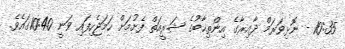
10:35 - ނޮޅިވަރަމް ދާއިރާގެ އިންތިޚާބުގެ ޝަރީއަތް ފެށުމަށް ހަމަޖެހިފައި ވަނީ 10:40ގައެވެ.